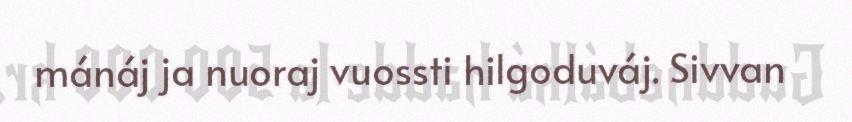
mánáj ja nuoraj vuossti hilgoduváj. Sivvan